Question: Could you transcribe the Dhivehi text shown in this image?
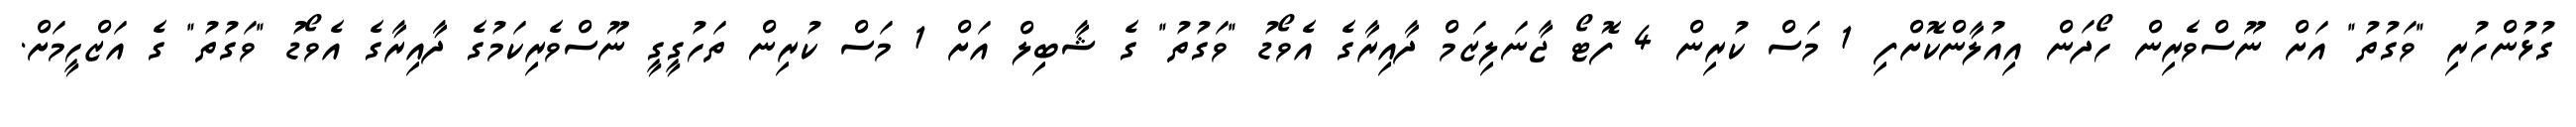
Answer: ގުޅުންހުރި "ވަގުތު" އަށް ނޫސްވެރިން ހޯދަން އިއުލާންކޮށްފި 1 މަސް ކުރިން 4 ފޮޓޯ ޖާނަލިޒަމް ދާއިރާގެ އެވޯޑު "ވަގުތު" ގެ ޝާބިލް އަށް 1 މަސް ކުރިން ތަހުގީގީ ނޫސްވެރިކަމުގެ ދާއިރާގެ އެވޯޑު "ވަގުތު" ގެ އަޒްހީމަށް.